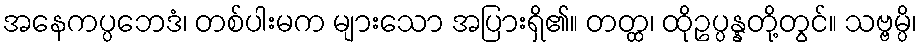
အနေကပ္ပဘေဒံ၊ တစ်ပါးမက များသော အပြားရှိ၏။ တတ္ထ၊ ထိုဥပ္ပန္နတို့တွင်။ သဗ္ဗမ္ပိ၊